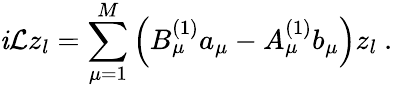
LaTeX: \mathit{i}\mathcal{{L}}z_{l}=\sum_{\mu=1}^{M}\left(B_{\mu}^{(1)}a_{\mu}-A_{\mu}^{(1)}b_{\mu}\right)z_{l}~.